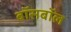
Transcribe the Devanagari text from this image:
बॉसबॉल